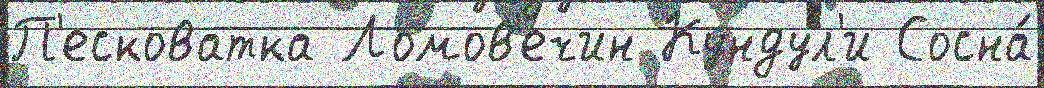
П'есковатка Ломов'ечин Кундул'и Сосна́